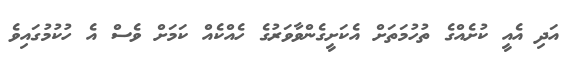
އަދި އެއީ ކުށެއްގެ ތުހުމަތަށް އެކަށީގެންވާވަރުގެ ހެއްކެއް ކަމަށް ވެސް އެ ހުކުމުގައިވެ